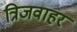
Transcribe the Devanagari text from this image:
त्रिजवाहर